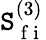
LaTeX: \mathtt{S}_{\mathrm{{~f~i~}}}^{(3)}